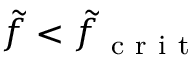
\tilde { f } < \tilde { f } _ { \mathrm { ~ c ~ r ~ i ~ t ~ } }